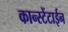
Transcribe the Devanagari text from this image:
कान्स्टेंटाईन